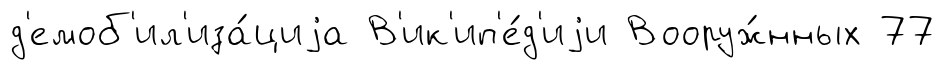
д'емоб'ил'иза́циjа В'ик'ип'е́д'иjи Вооруж́нных 77